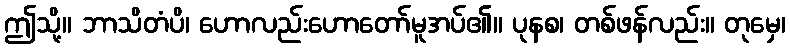
ဤသို့။ ဘာသိတံပိ၊ ဟောလည်းဟောတော်မူအပ်၏။ ပုနစ၊ တစ်ဖန်လည်း။ တုမှေ၊